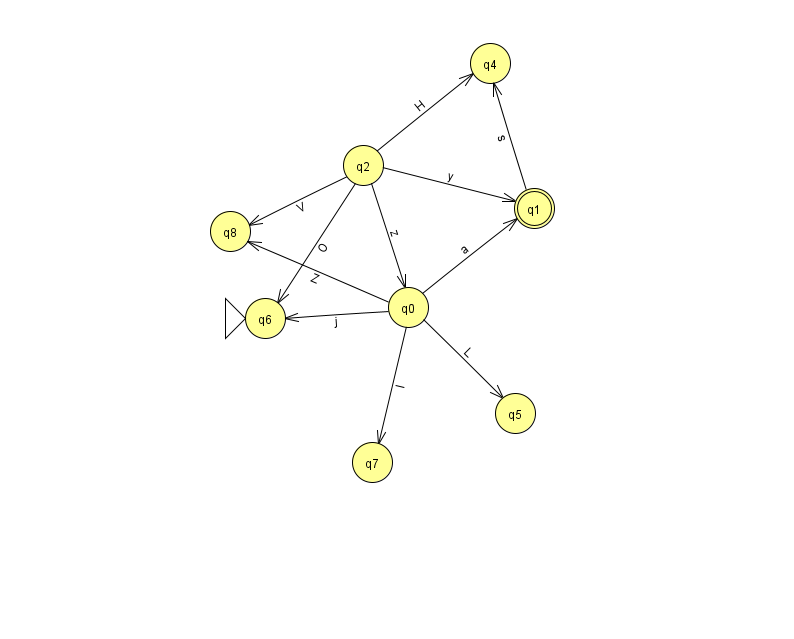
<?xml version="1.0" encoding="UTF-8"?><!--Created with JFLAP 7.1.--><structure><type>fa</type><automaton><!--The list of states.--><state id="0" name="q0"><x>408.0</x><y>294.0</y></state><state id="1" name="q1"><x>534.0</x><y>195.0</y><final/></state><state id="2" name="q2"><x>363.0</x><y>152.0</y></state><state id="4" name="q4"><x>490.0</x><y>50.0</y></state><state id="5" name="q5"><x>515.0</x><y>400.0</y></state><state id="6" name="q6"><x>265.0</x><y>305.0</y><initial/></state><state id="7" name="q7"><x>372.0</x><y>449.0</y></state><state id="8" name="q8"><x>230.0</x><y>218.0</y></state><!--The list of transitions.--><transition><from>0</from><to>6</to><read>j</read></transition><transition><from>0</from><to>8</to><read>Z</read></transition><transition><from>2</from><to>0</to><read>z</read></transition><transition><from>2</from><to>1</to><read>y</read></transition><transition><from>2</from><to>4</to><read>H</read></transition><transition><from>0</from><to>1</to><read>a</read></transition><transition><from>1</from><to>4</to><read>s</read></transition><transition><from>0</from><to>7</to><read>I</read></transition><transition><from>0</from><to>5</to><read>L</read></transition><transition><from>2</from><to>8</to><read>V</read></transition><transition><from>2</from><to>6</to><read>O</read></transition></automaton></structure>